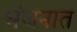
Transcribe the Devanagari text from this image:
भंजनात